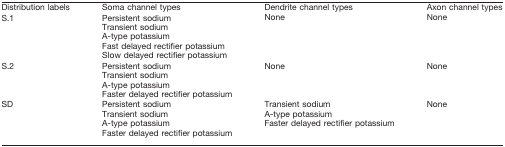
<table><thead><tr><td><b>Distribution labels</b></td><td><b>Soma channel types</b></td><td><b>Dendrite channel types</b></td><td><b>Axon channel types</b></td></tr></thead><tbody><tr><td>S.1</td><td>Persistent sodiumTransient sodiumA-type potassiumFast delayed rectifier potassiumSlow delayed rectifier potassium</td><td>None</td><td>None</td></tr><tr><td>S.2</td><td>Persistent sodiumTransient sodiumA-type potassiumFaster delayed rectifier potassium</td><td>None</td><td>None</td></tr><tr><td>SD</td><td>Persistent sodiumTransient sodiumA-type potassiumFaster delayed rectifier potassium</td><td>Transient sodiumA-type potassiumFaster delayed rectifier potassium</td><td>None</td></tr></tbody></table>